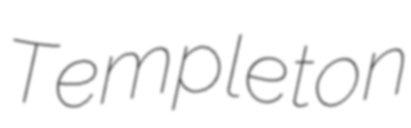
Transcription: Templeton